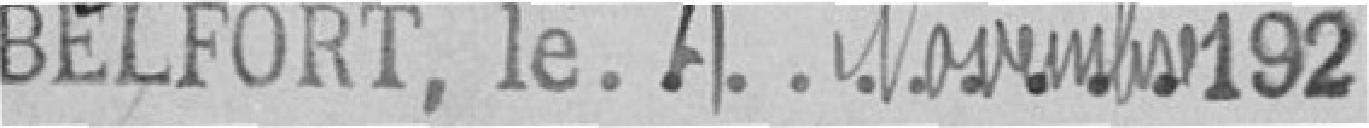
BELFORT, le 27 novembre 1925